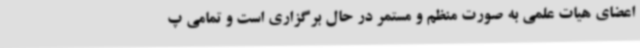
اعضای هیات علمی به صورت منظم و مستمر در حال برگزاری است و تمامی پ